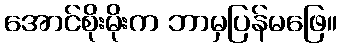
အောင်စိုးမိုးက ဘာမှပြန်မဖြေ။